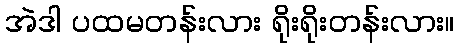
အဲဒါ ပထမတန်းလား ရိုးရိုးတန်းလား။